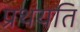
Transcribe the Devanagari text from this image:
प्रथयति